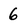
Character: 6